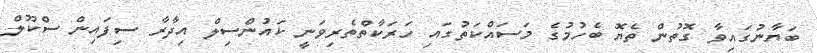
ބަޔާނުގައިވާ ގޮތުން ތެޔޮ ބެހުމުގެ މަސައްކަތުގައި ހަރަކާތްތެރިވަނީ ކައުންސިލް އިދާރާ ސިފައިން ސްކޫލް